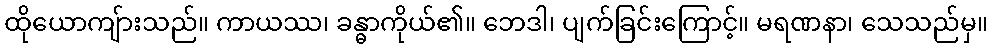
ထိုယောကျ်ားသည်။ ကာယဿ၊ ခန္ဓာကိုယ်၏။ ဘေဒါ၊ ပျက်ခြင်းကြောင့်။ မရဏနာ၊ သေသည်မှ။